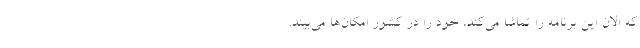
که الان این برنامه را تماشا می‌کند، خود را در کشور امکان‌ها می‌بیند.